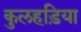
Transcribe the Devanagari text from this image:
कुलहड़िया